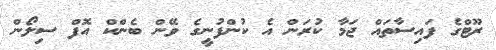
ރޫޓްގެ ފައިސާތައް ޖަމާ ކުރަން އެ ކުންފުނީގެ ވޭން ބެންކް އޮފް ސިލޯން